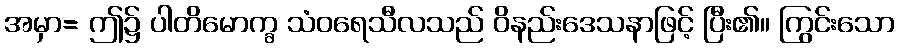
အမှာ= ဤ၌ ပါတိမောက္ခ သံဝရေသီလသည် ဝိနည်းဒေသနာဖြင့် ပြီး၏။ ကြွင်းသော